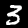
Label: 3